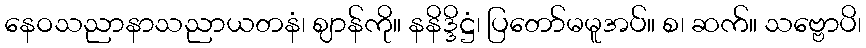
နေဝသညာနာသညာယတနံ၊ ဈာန်ကို။ နနိဒ္ဒိဋ္ဌံ၊ ပြတော်မမူအပ်။ စ၊ ဆက်။ သဗ္ဗောပိ၊